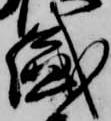
盛